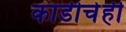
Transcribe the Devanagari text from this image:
काडीचेही